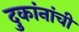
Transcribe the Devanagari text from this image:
दुकांनांची